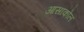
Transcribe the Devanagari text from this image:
आसाकोल